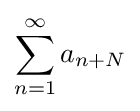
\sum \limits _{n=1}^{\infty }a_{n+N}